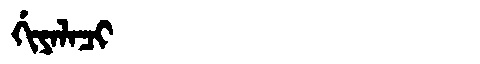
Manchu: ᡤᡳᠶᠠᠯᠠᠴᡳ
Romanization: GIYALACI